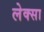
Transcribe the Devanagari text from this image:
लेक्सा